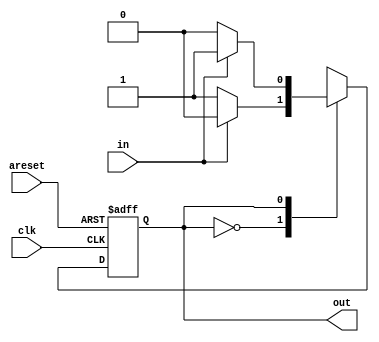
module top_module (
    input  wire clk,
    input  wire areset,
    input  wire in,
    output wire out
);
    parameter A = 0; // parameter 
    parameter B = 1;
    reg state;
    reg next_state;

    // 
    always @(posedge clk or posedge areset) begin
        if (areset) begin
            state <= B;
        end
        else begin
            state <= next_state;
        end
    end
    // 
    always @(*) begin
        case (state)
            A: begin
                if (in == 1'b1) begin
                    next_state = A;
                end
                else begin
                    next_state = B;
                end
            end
            B: begin
                if (in == 1'b1) begin
                    next_state = B;
                end
                else begin
                    next_state = A;
                end
            end
            default: ;
        endcase
    end
    //
    assign out = (state == B);
endmodule